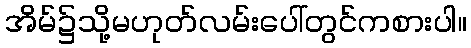
အိမ်၌သို့မဟုတ်လမ်းပေါ်တွင်ကစားပါ။